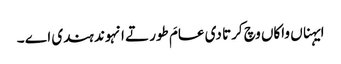
ایہناں واکاں وچ کرتا دی عامَ طور تے انہوند ہندی اے ۔